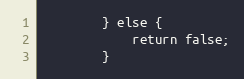
Language: PHP
        } else {
            return false;
        }